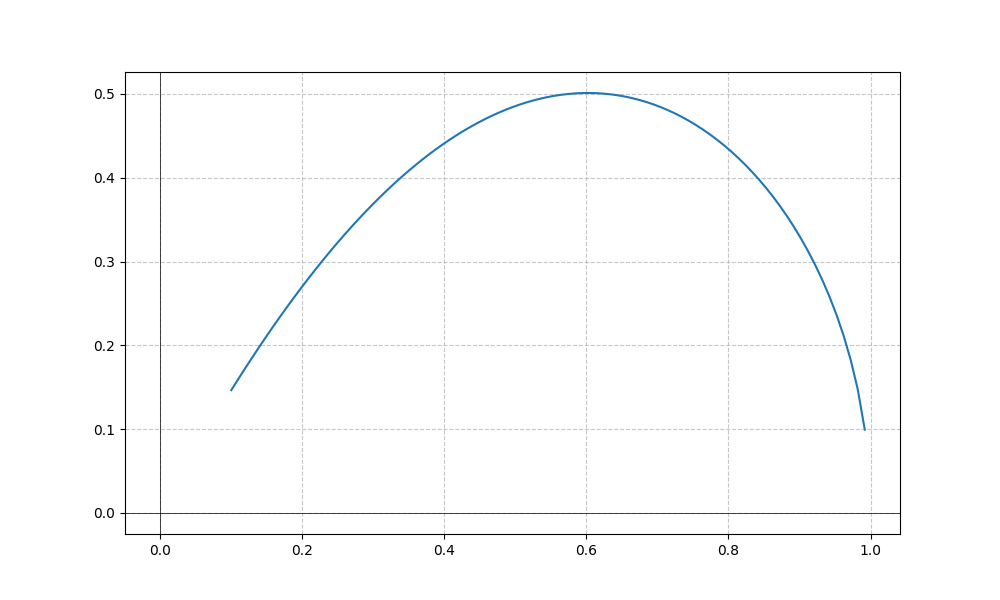
LaTeX formula: \operatorname{acos}{\left(x \right)} \operatorname{atan}{\left(x \right)}